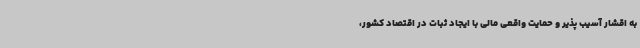
به اقشار آسیب پذیر و حمایت واقعی مالی با ایجاد ثبات در اقتصاد کشور،